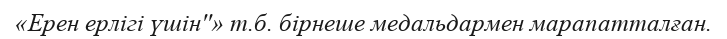
«Ерен ерлігі үшін''» т.б. бірнеше медальдармен марапатталған.